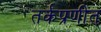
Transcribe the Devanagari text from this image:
तर्कप्रणीत